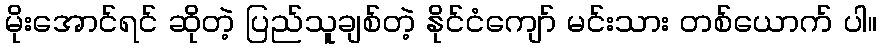
မိုးအောင်ရင် ဆိုတဲ့ ပြည်သူချစ်တဲ့ နိုင်ငံကျော် မင်းသား တစ်ယောက် ပါ။